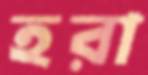
হরা